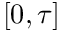
\left[ 0 , \tau \right]